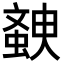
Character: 螤